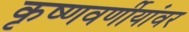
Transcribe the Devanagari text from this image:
कृष्णवर्णीयांवर